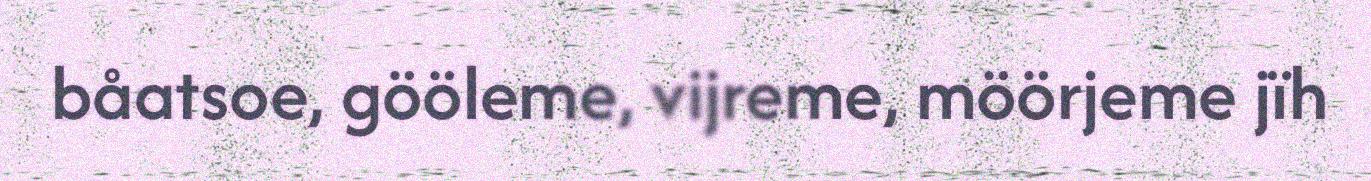
båatsoe, gööleme, vijreme, möörjeme jïh